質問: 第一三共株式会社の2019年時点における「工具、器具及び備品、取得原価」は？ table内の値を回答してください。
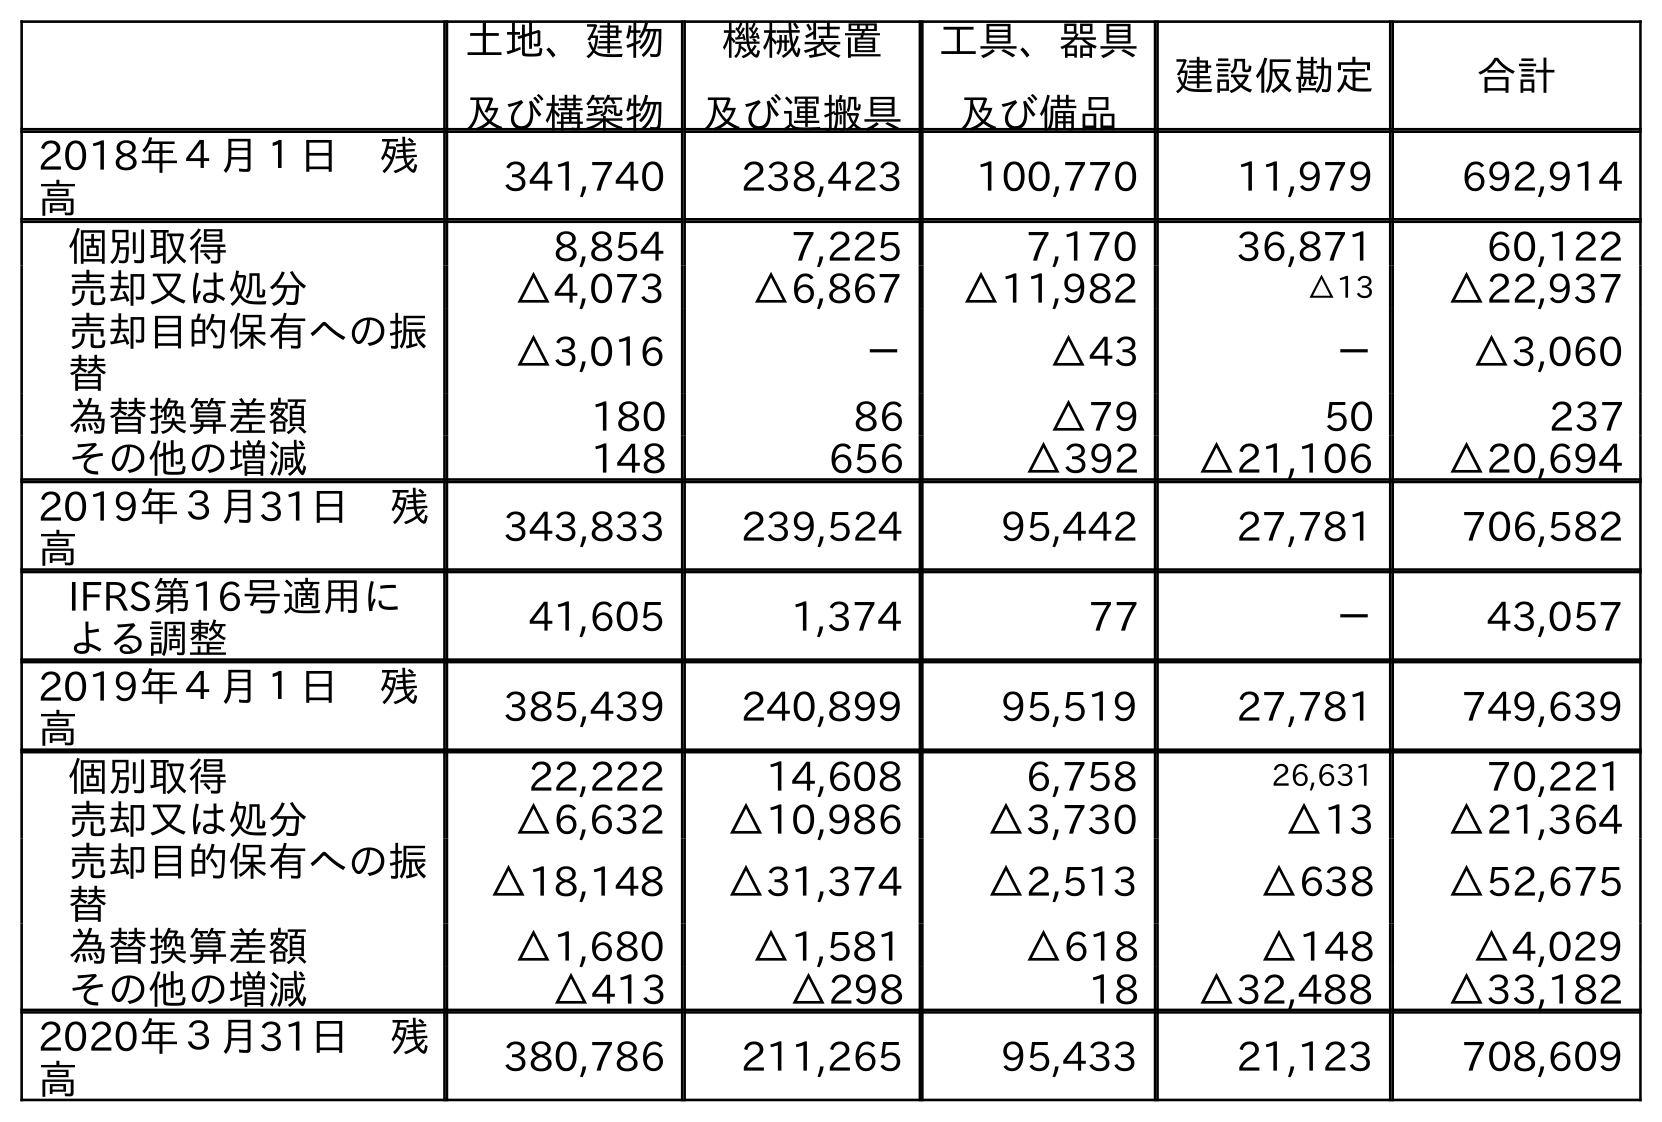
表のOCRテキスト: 土地、建物 及び構築物 機械装置 及び運搬具 工具、器具 及び備品 建設仮勘定 合計 2018年４月１日 残 高 341,740 238,423 100,770 11,979 692,914 個別取得 8,854 7,225 7,170 36,871 60,122 売却又は処分 △4,073 △6,867 △11,982 △13 △22,937 売却目的保有への振 替 △3,016 － △43 － △3,060 為替換算差額 180 86 △79 50 237 その他の増減 148 656 △392 △21,106 △20,694 2019年３月31日 残 高 343,833 239,524 95,442 27,781 706,582 IFRS第16号適用に よる調整 41,605 1,374 77 － 43,057 2019年４月１日 残 高 385,439 240,899 95,519 27,781 749,639 個別取得 22,222 14,608 6,758 26,631 70,221 売却又は処分 △6,632 △10,986 △3,730 △13 △21,364 売却目的保有への振 替 △18,148 △31,374 △2,513 △638 △52,675 為替換算差額 △1,680 △1,581 △618 △148 △4,029 その他の増減 △413 △298 18 △32,488 △33,182 2020年３月31日 残 高 380,786 211,265 95,433 21,123 708,609
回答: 95,442